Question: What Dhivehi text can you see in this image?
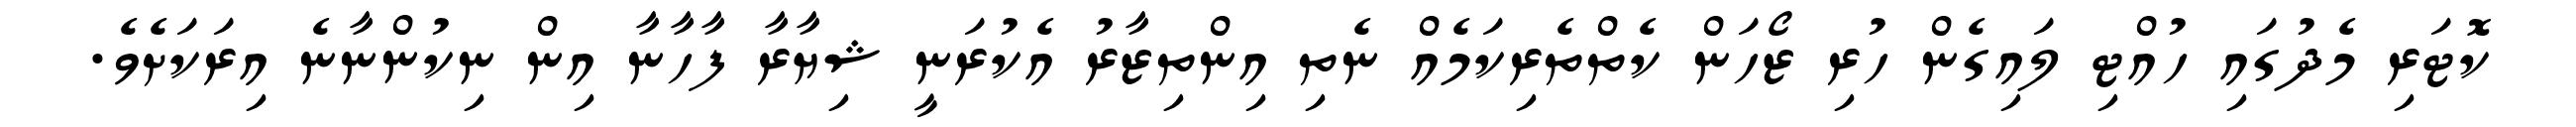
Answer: ކޮޓަރި މެދުގައި ހުއްޓި ލައިގެން ހުރި ޒޯހަން ކެތްތެރިކަމެއް ނެތި އިންތިޒާރު އެކުރަނީ ޝިޔާރާ ފާހާނާ އިން ނިކުންނާނެ އިރަކަށެވެ.